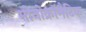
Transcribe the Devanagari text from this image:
मोनोक्रॉमैटिक